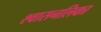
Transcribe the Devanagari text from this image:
श्‍वासनलिका